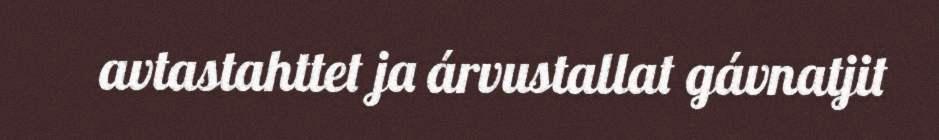
avtastahttet ja árvustallat gávnatjit